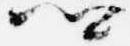
卿